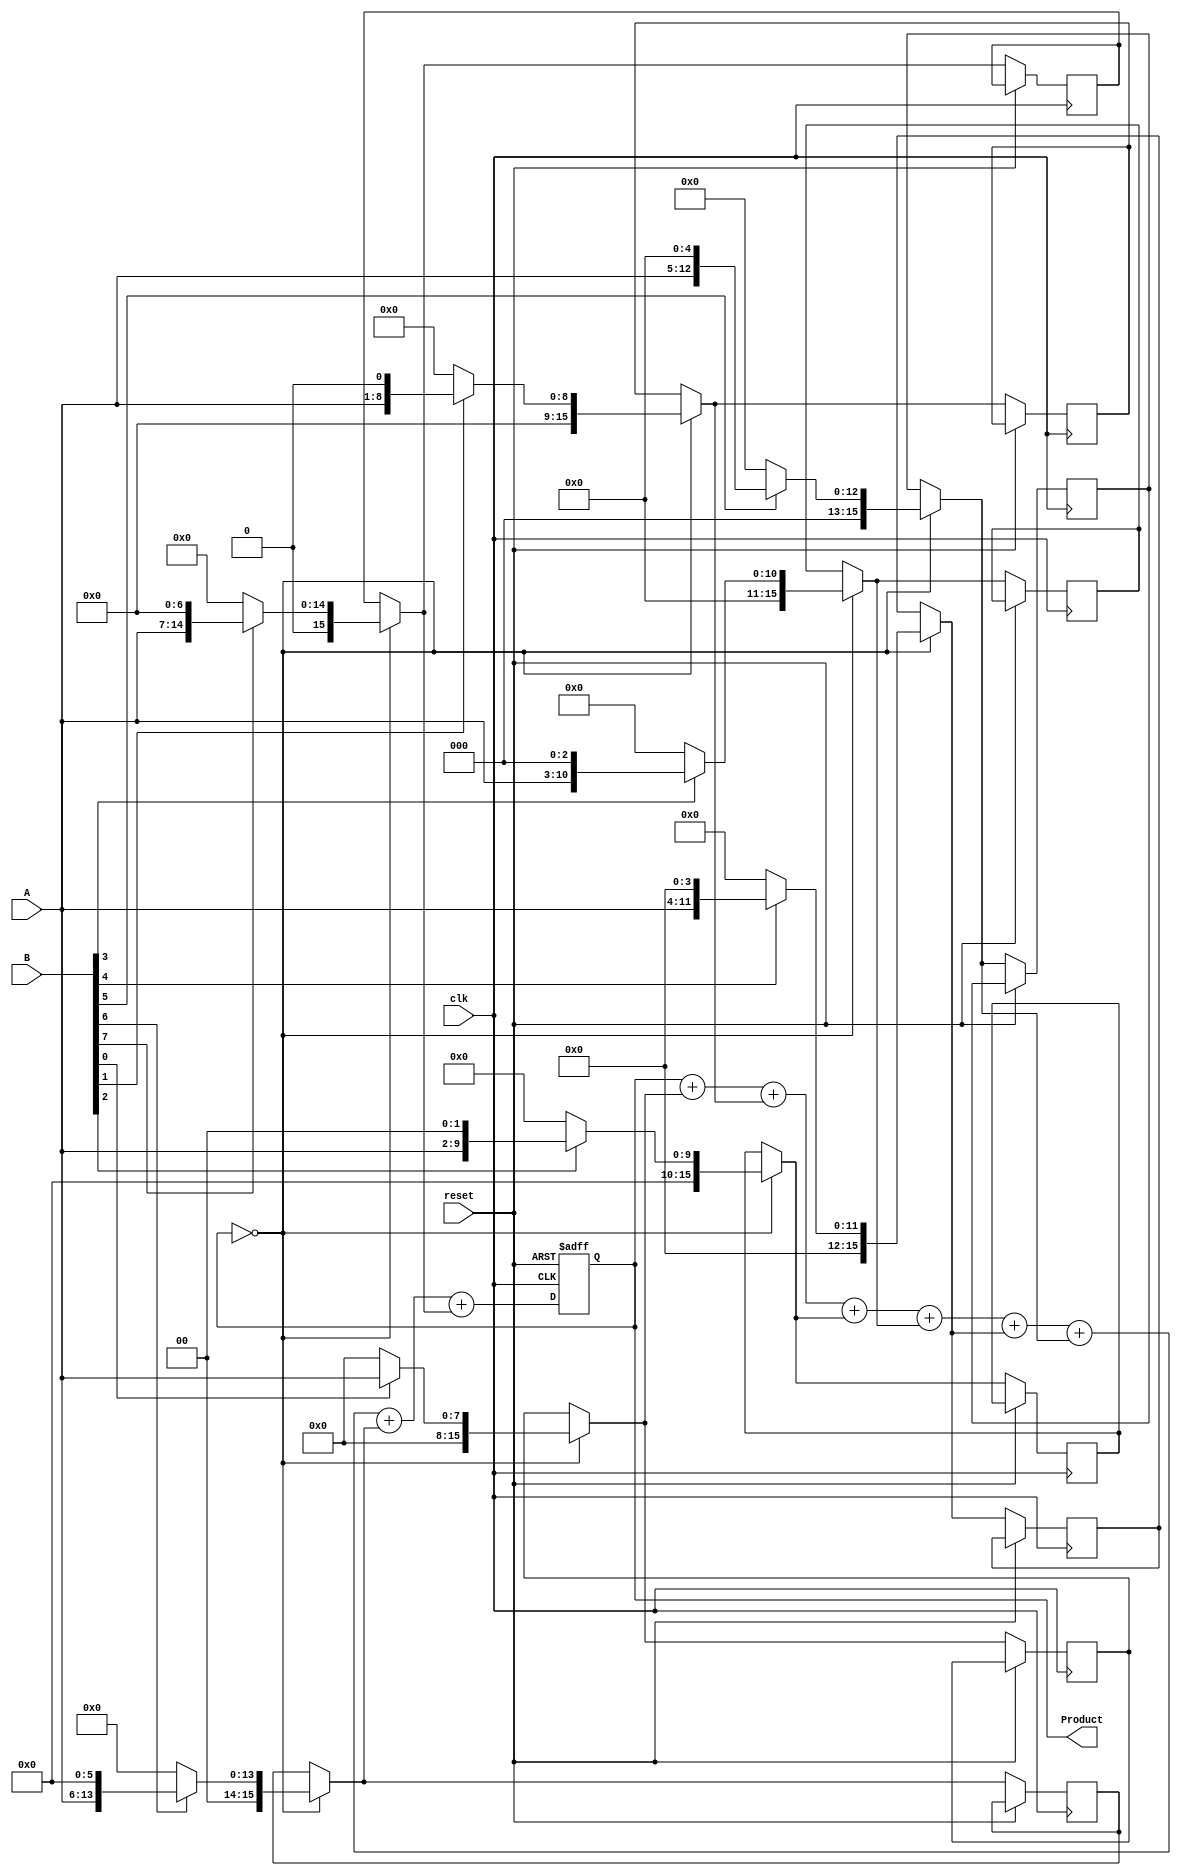
module PartialProductAccumulator #(
    parameter N = 8 // Bit-width parameter
) (
    input  wire [N-1:0] A,       // First operand (multiplier)
    input  wire [N-1:0] B,       // Second operand (multiplicand)
    input  wire clk,              // Clock signal
    input  wire reset,            // Active high reset signal
    output reg [2*N-1:0] Product  // Accumulated product output
);

    reg [2*N-1:0] partial_products [0:N-1]; // Store partial products
    integer i;

    // Generate partial products on every clock cycle
    always @(posedge clk or posedge reset) begin
        if (reset) begin
            Product <= 0; // Clear product on reset
        end else begin
            // Initialize the current product at the start of accumulation
            if (Product == 0) begin
                // Generate partial products
                for (i = 0; i < N; i = i + 1) begin
                    partial_products[i] = (B[i] ? (A << i) : 0);
                end
            end 

            // Accumulate partial products
            Product <= Product + partial_products[0] + partial_products[1] + 
                        partial_products[2] + partial_products[3] +
                        partial_products[4] + partial_products[5] +
                        partial_products[6] + partial_products[7];
        end
    end
endmodule